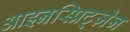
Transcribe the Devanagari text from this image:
आइनस्प्रिट्ज़ेन